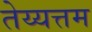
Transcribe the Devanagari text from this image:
तेय्यत्तम